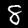
Label: 8